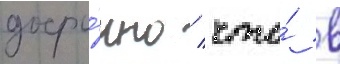
досро́чно / что́ в